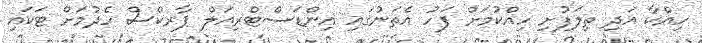
ހިއްކާ އަދި ތިލަފުށި ހިއްކުމަށް ފަހު އެތަނުގައި އިންޑަސްޓްރިއަލް ޕާރކްސް ހެދުމަށް ޓަކައި